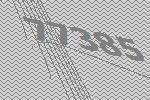
77385